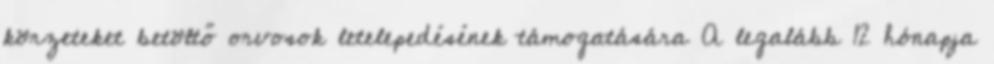
körzeteket betöltő orvosok letelepedésének támogatására A legalább 12 hónapja